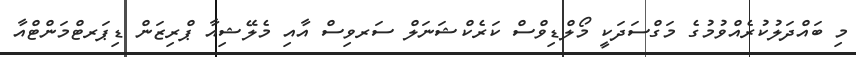
މި ބައްދަލުކުރެއްވުމުގެ މަގްސަދަކީ މޯލްޑިވްސް ކަރެކްޝަނަލް ސަރވިސް އާއި މެލޭޝިއާ ޕްރިޒަން ޑިޕަރޓްމަންޓްއާ